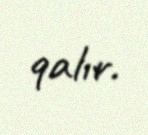
qalır.